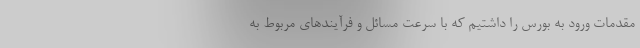
مقدمات ورود به بورس را داشتیم که با سرعت مسائل و فرآیندهای مربوط به